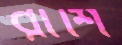
রাশি